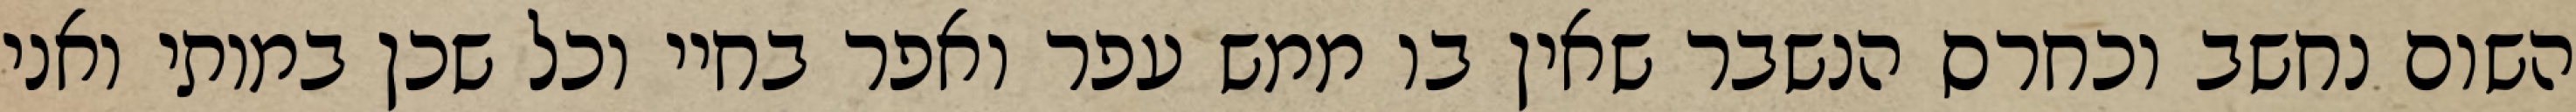
השום נחשב וכחרס הנשבר שאין בו ממש עפר ואפר בחיי וכל שכן במותי ואני